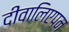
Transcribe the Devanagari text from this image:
दीवालिएपन